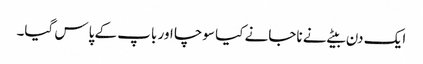
ایک دن بیٹے نے ناجانے کیا سوچا اور باپ کے پاس گیا۔